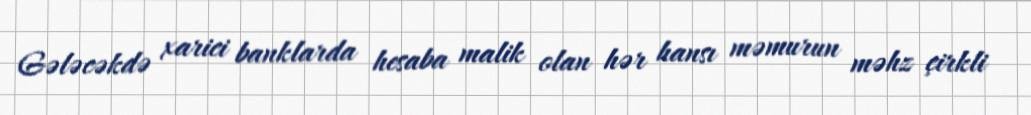
Gələcəkdə xarici banklarda hesaba malik olan hər hansı məmurun məhz çirkli